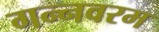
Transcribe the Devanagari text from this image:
गन्‍नवरम